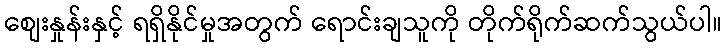
စျေးနှုန်းနှင့် ရရှိနိုင်မှုအတွက် ရောင်းချသူကို တိုက်ရိုက်ဆက်သွယ်ပါ။